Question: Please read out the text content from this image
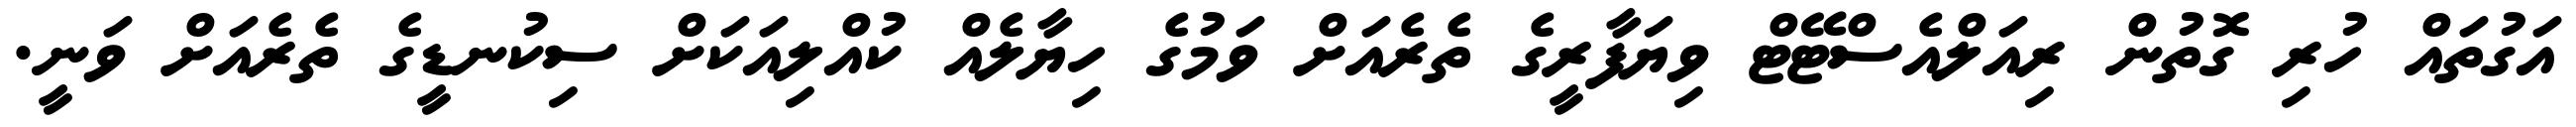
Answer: އަގުތައް ހުރި ގޮތުން ރިއަލްއެސްޓޭޓް ވިޔަފާރީގެ ތެރެއަށް ވަމުގެ ހިޔާލެއް ކުއްލިއަކަށް ސިކުނޑީގެ ތެރެއަށް ވަނީ.